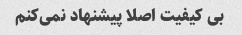
بی کیفیت اصلا پیشنهاد نمی‌کنم